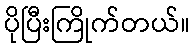
ပိုပြီးကြိုက်တယ်။